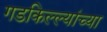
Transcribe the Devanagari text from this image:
गडकिल्ल्यांच्या